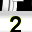
Digit: 2